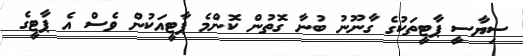
ސިޔާސީ ޕާޓީތަކުގެ ގާނޫނު ބުނާ ގޮތުން ކޮންމެ ޕާޓީއަކުން ވެސް އެ ޕާޓީގެ